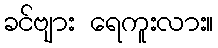
ခင်ဗျား ရေကူးလား။